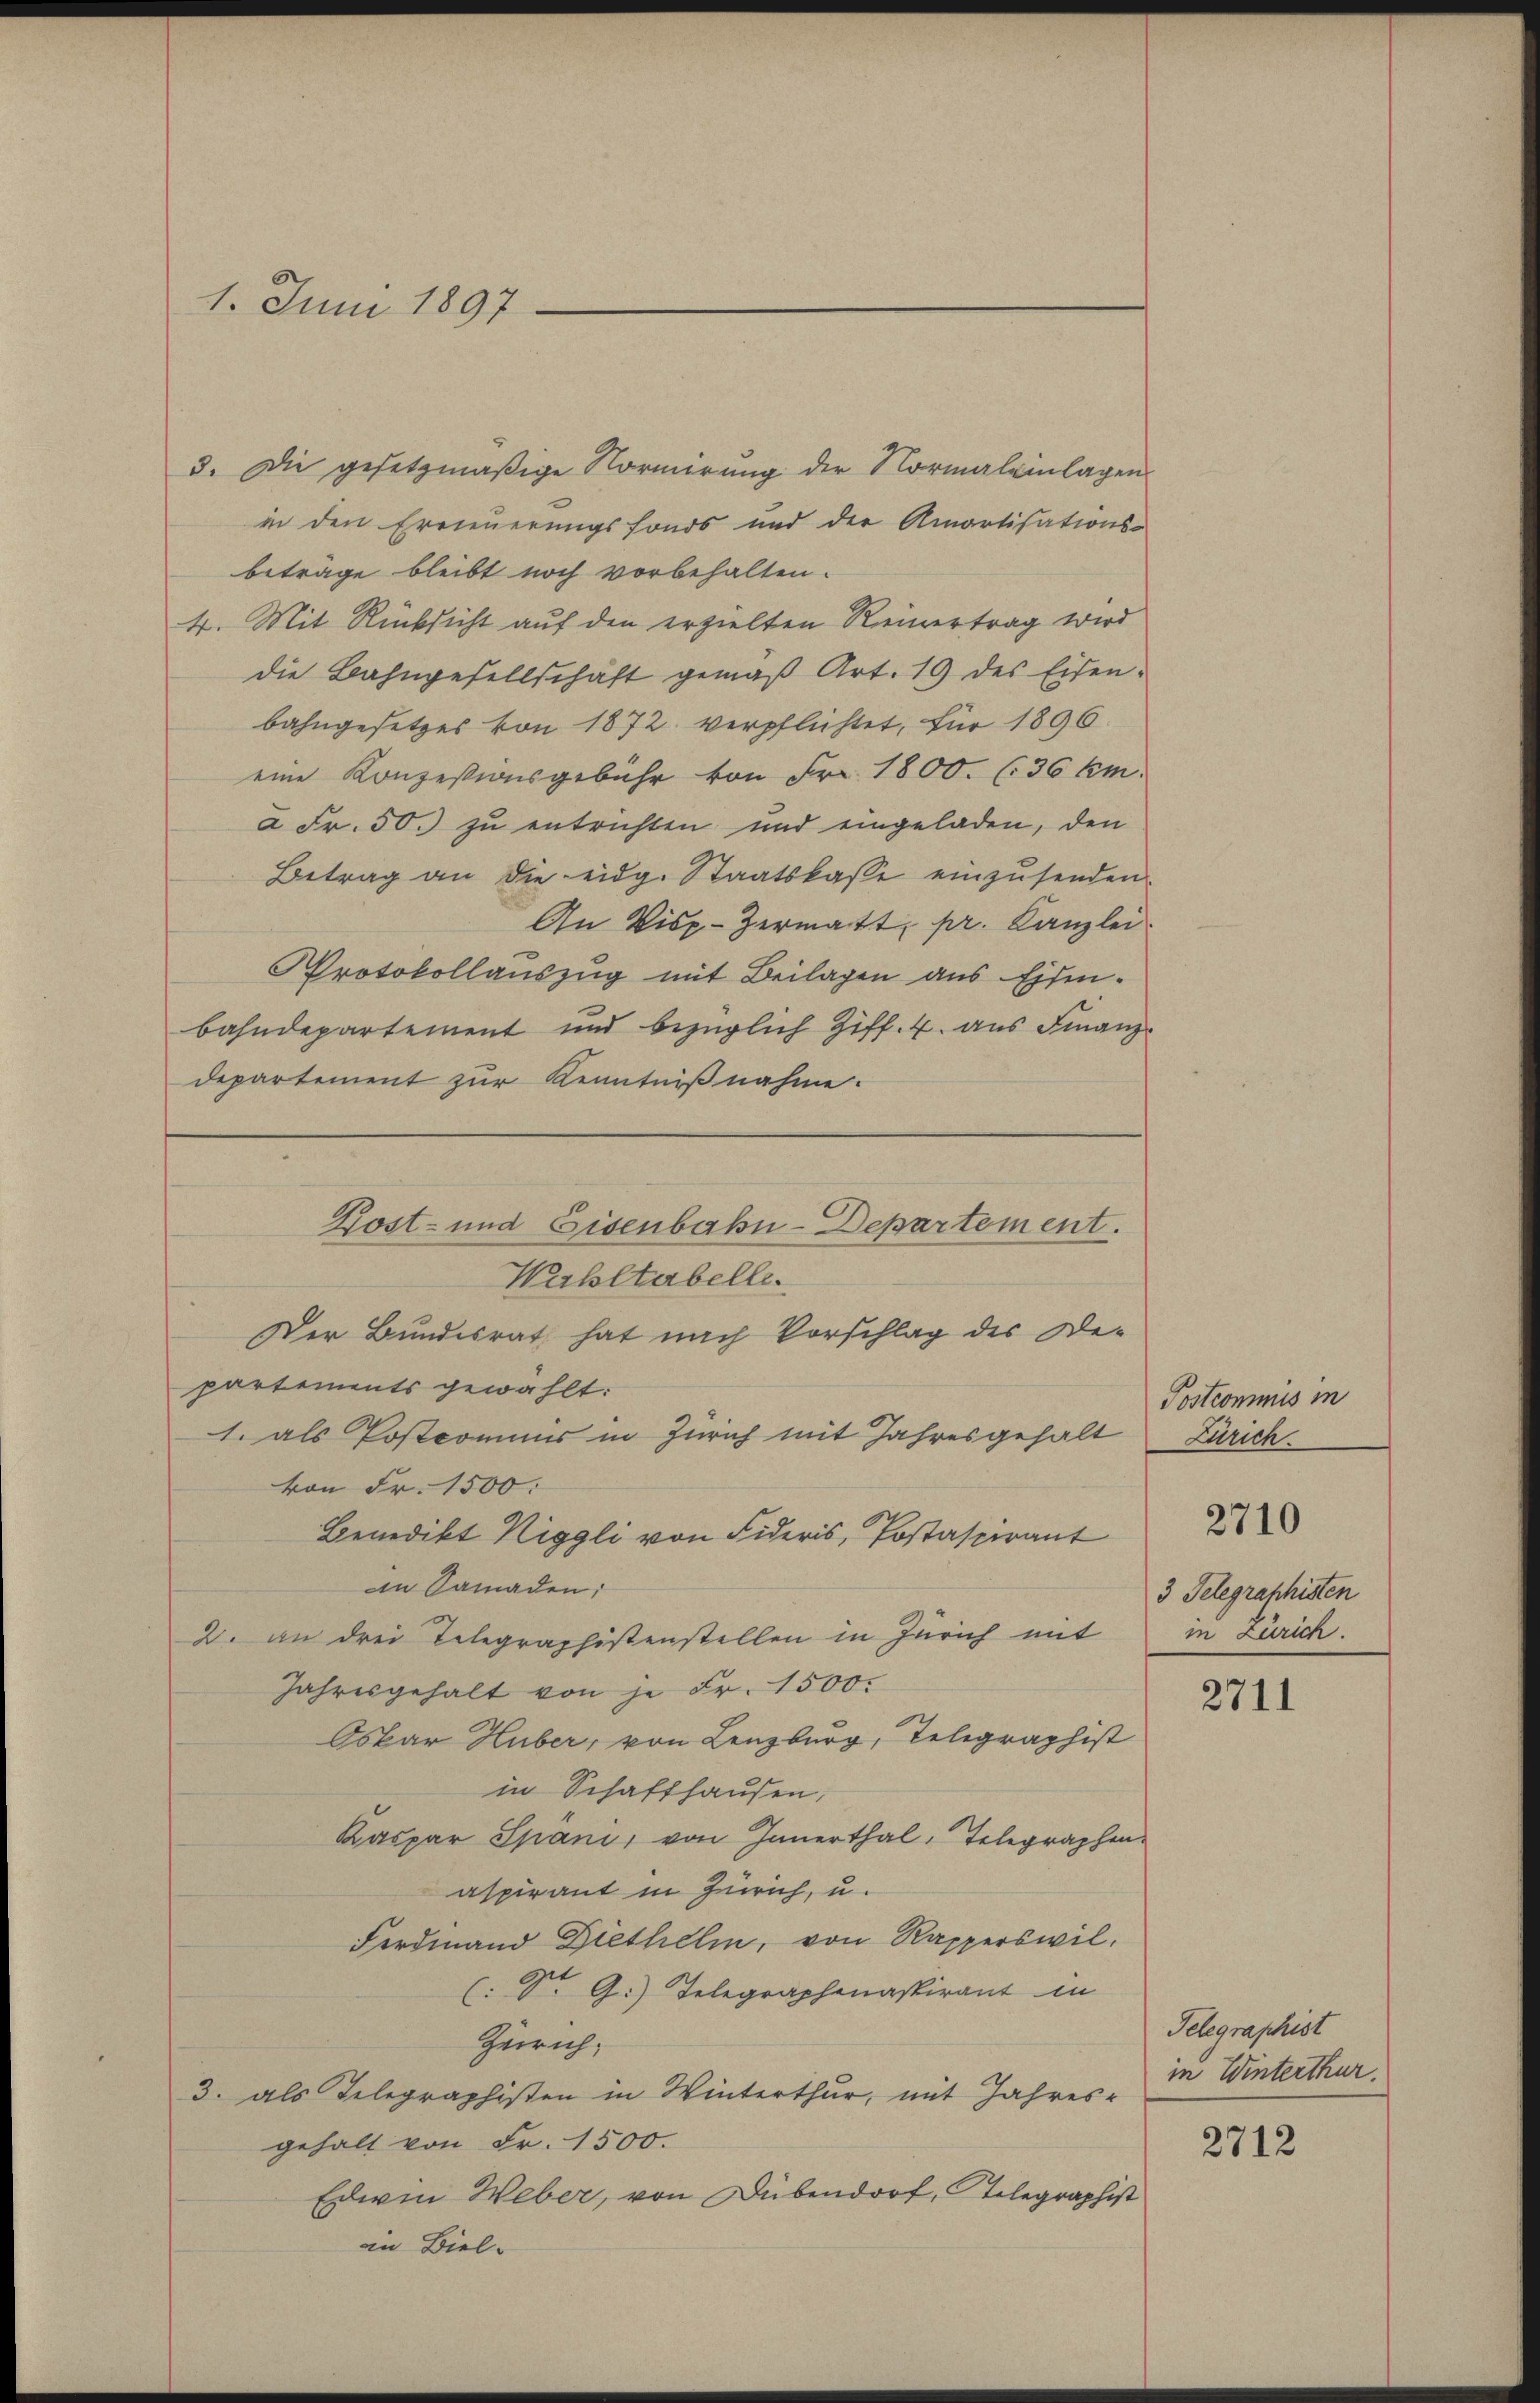
1. Juni 1897

3. Die gesetzmäßige Normirung der Normaleinlagen
in den Erneuerungsfonds und der Amortisations-
betrage bleibt noch vorbehalten.
4. Mit Rücksicht auf den erzielten Reinertrag wird
die Bahngesellschaft gemäß Art. 19 des Eisenbahngesetzes von 1872 verpflichtet, für 1896.
eine Konzessionsgebühr von Fr. 1800. (:36 km.
a Fr. 50. zu entrichten und eingeladen, den
Betrag an die eidg. Staatskasse einzusenden
An Visp-Zermatt, pr. Kanzlei
Protokollauszug mit Beilagen aus Eisenbahndepartement und bezüglich Ziff. 4. aus Finanz-
departement zur Kenntnißnahme.
Wahltabelle.
Der Bundesrat hat nach Vorschlag des De-
partements gewählt:
1. als Postcommis in Zürich mit Jahresgehalt
von Fr. 1500:
Benedikt Riggli von Fideris, Postaspirant
an Samaden;
2. an drei Telegraphistenstellen in Zürich mit
Jahresgehalt von je Fr. 1500.
Oskar Huber, von Lenzburg, Telegraphist
in Schaffhausen,
Kaspar Spani, von Innerthal, Telegraphen.
aspirant in Zürich, u.
Ferdinand Diethelm, von Rapperswil,
l.
( Sr. G.) Telegraphenaspirant in
Zeirich,
3. als Telegraphisten in Winterthur, mit Jahres-
gehalt von Fr. 1500.
Edwin Weber, von Dübendorf, Telegraphist
an Biel.

Kost- und Eisenbahn-Departement.

Postcommis in
Zürich.

3 Telegraphisten
in Zürich.

2710

2711

Telegraphist
in Winterthur.

2712